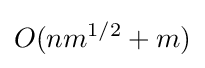
O(nm^{1/2}+m)